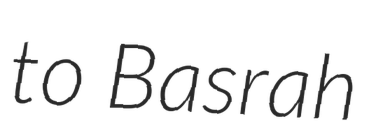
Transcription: to Basrah